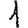
Digit: 1